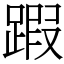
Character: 䠍